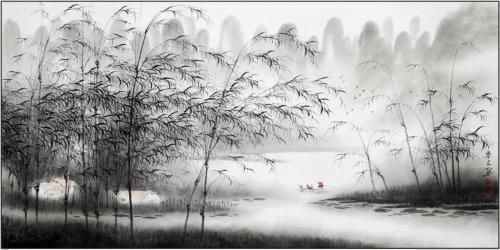
不道愁人不喜听。空阶滴到明。